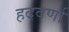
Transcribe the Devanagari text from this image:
हदवर्णा